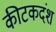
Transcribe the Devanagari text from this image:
कीटकदंश